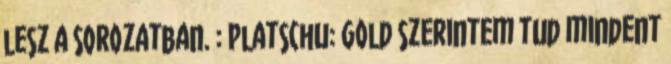
lesz a sorozatban. : Platschu: Gold szerintem tud mindent